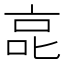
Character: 㖜